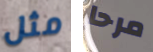
مثل مرحا